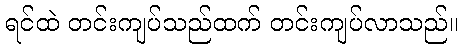
ရင်ထဲ တင်းကျပ်သည်ထက် တင်းကျပ်လာသည်။